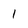
Character: 1